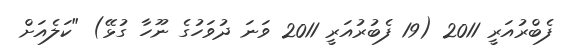
ފެބްރުއަރީ 2011 (19 ފެބުރުއަރީ 2011 ވަނަ ދުވަހުގެ ނޫހާ ގުޅޭ) "ކަލެއަށް